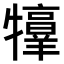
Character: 𤜀